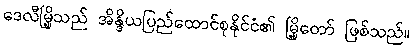
ဒေလီမြို့သည် အိန္ဒိယပြည်ထောင်စုနိုင်ငံ၏ မြို့တော် ဖြစ်သည်။